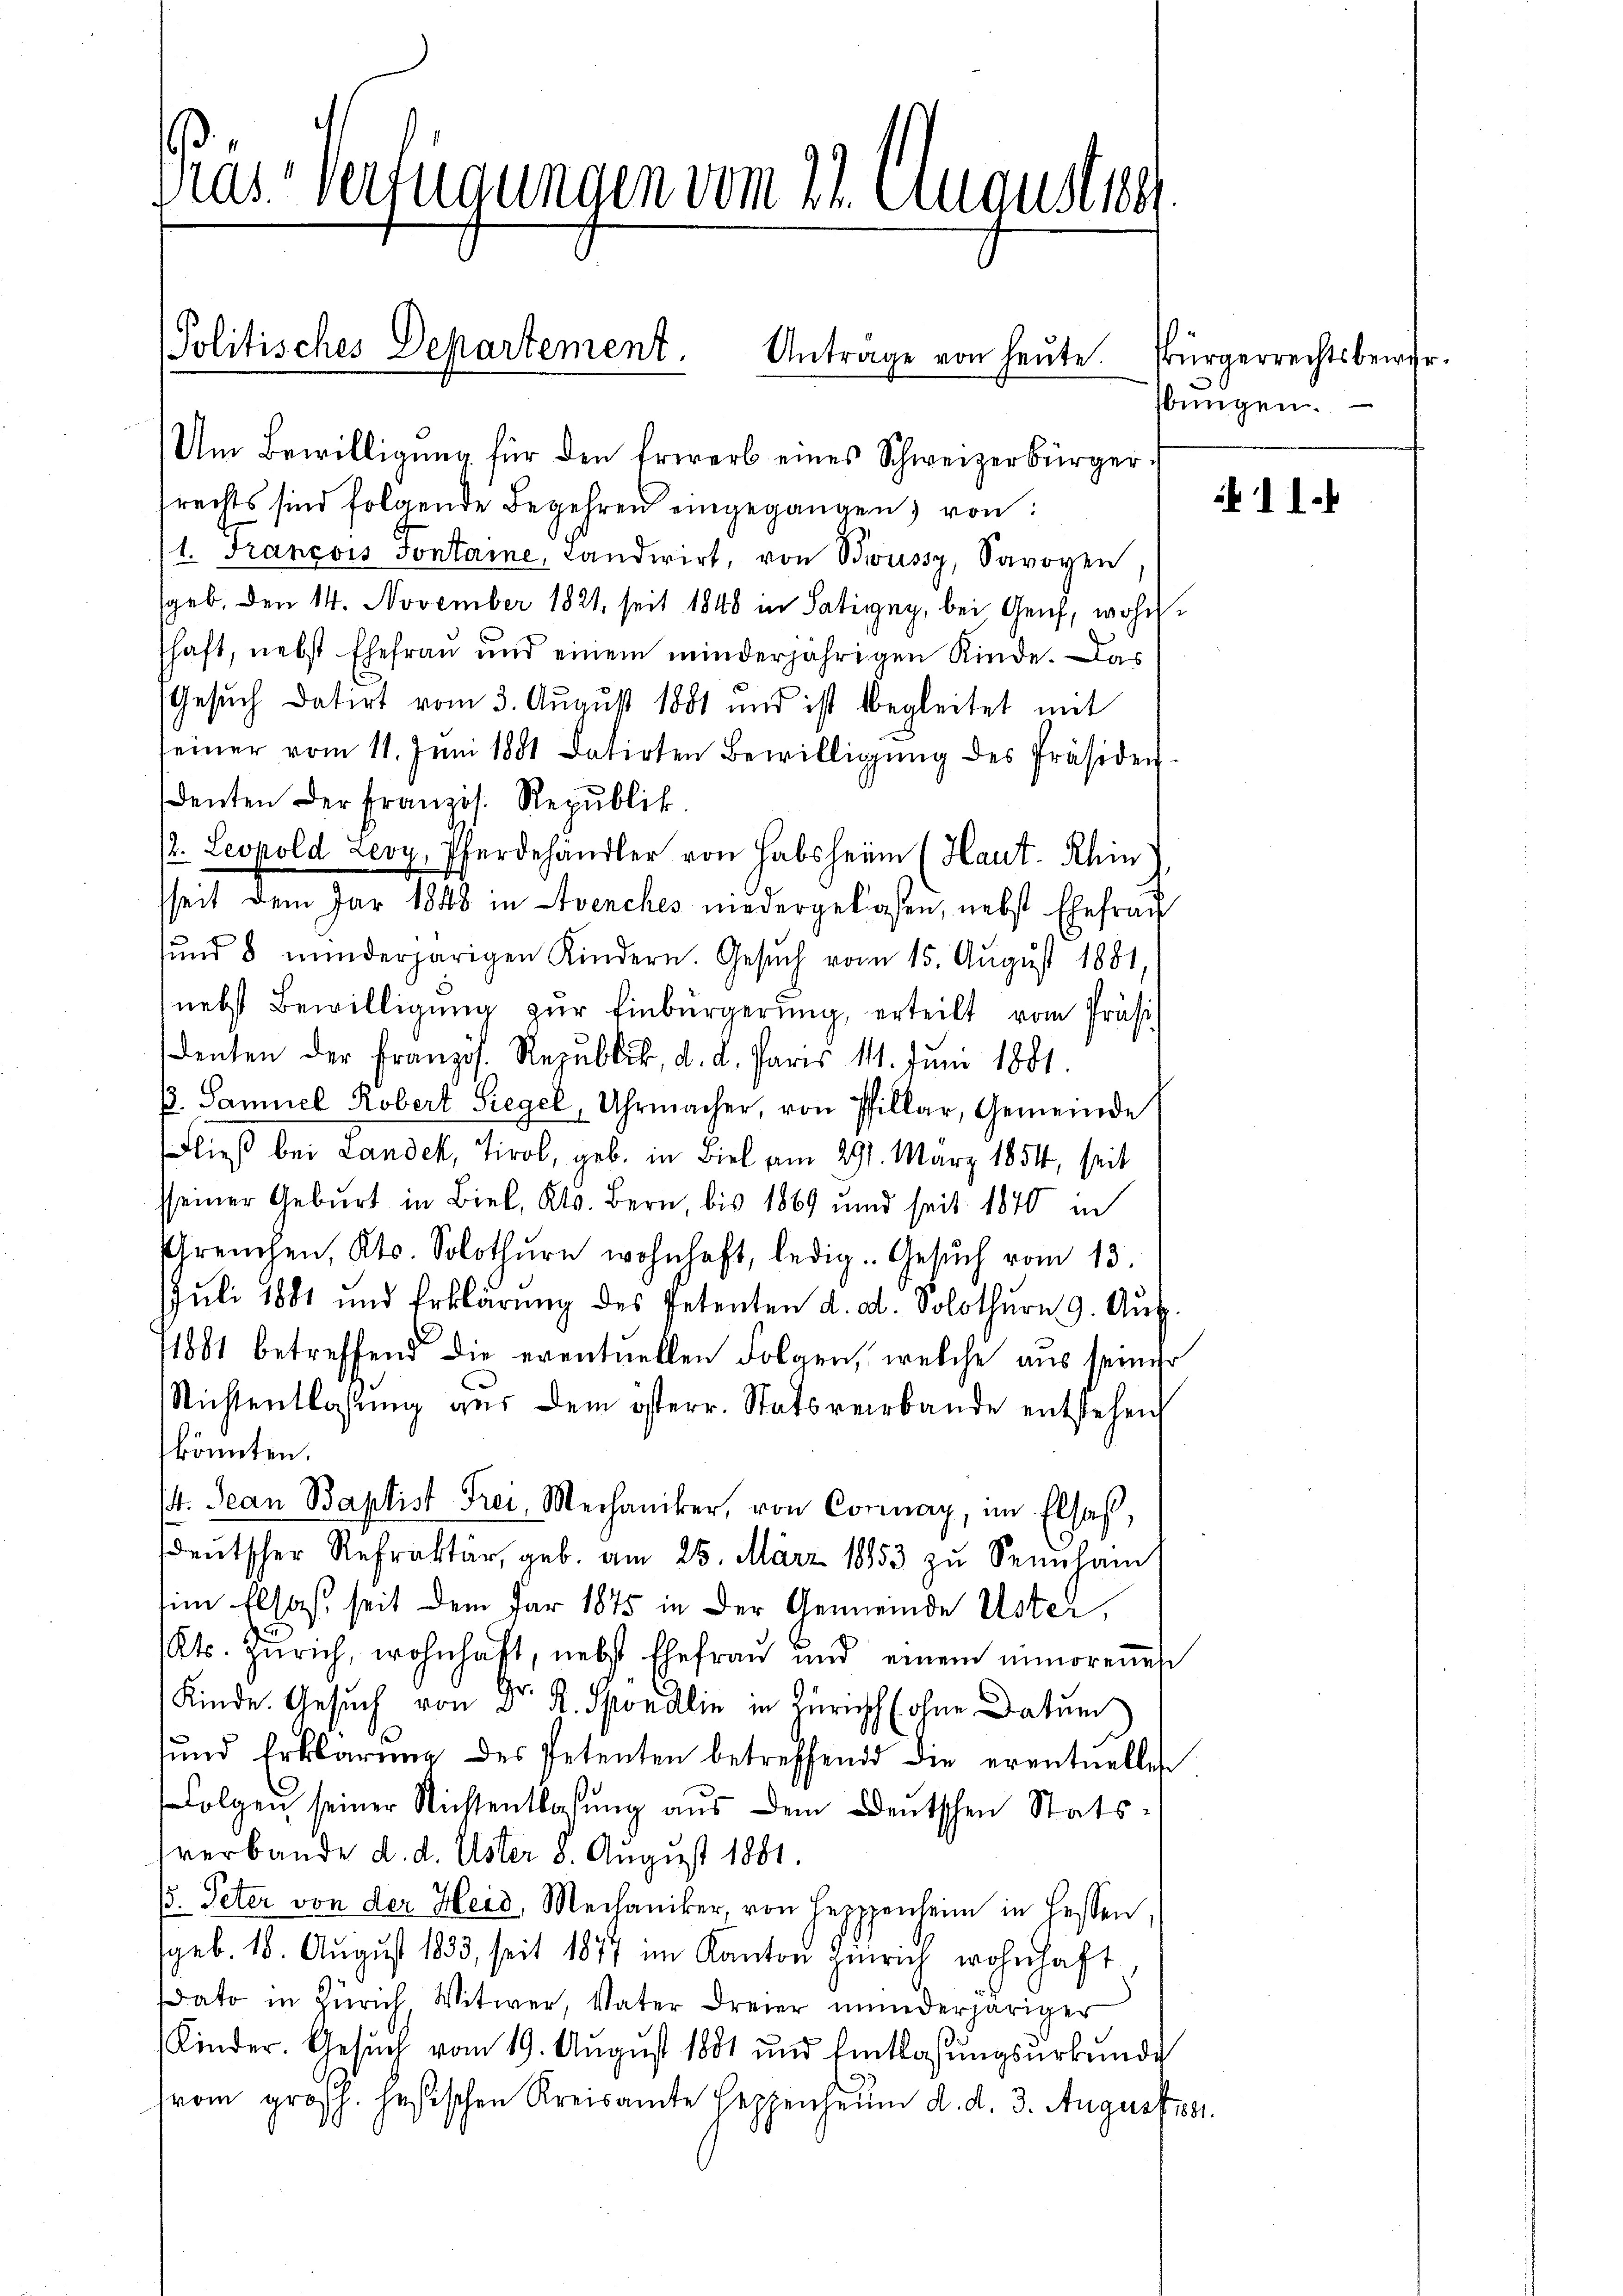
Pas-Verfügungen vom 24. Augustig

Antrage von heute.
Um Bewilligung für den Erwerb eines Schweizerbürger
rechts sind folgende Begehren eingegangen, von
1. Francois Sontaine, Landwirt, von Bewussy, Savoyen,
sgeb. Den 14. November 1821, seit 1848 in Satigny, bei Genf, wohnschaft, nebst Ehefrau und einem minderjährigen Kinde. Das
Gesuch datirt vom 3. August 1881 und ist begleitet mit
seiner vom 11. Juni 1881 datirten Bewilligŭng des Präsidendenten der Französ. Republik
2. Leopold Leoy, Pferdehändler von Habsheim (Haut- Rhin
seit dem Jar 1848 in Avenches niedergelassen, nebst Ehefrau
und 8 minderherigen Kindern. Gesŭch vom 15. Aŭgŭst 1881.
nebst Bewilligŭng zŭr Einbürgerŭng, erteilt vom Präsi
denten der Französ. Republik, d. d. Paris 1. Jŭni 1881.
p. Samuel Robert Siegel, Uhrmacher, von Pfillar, Gemeinde
Fließ bei Landek, Tirol, geb. in Biel am 291. März 1854, seit
sseiner Geburt in Biel, Kts. Bern, bis 1869 und seit 1870 in
reuchen, Kts. Solothŭr wohnhaft, ledig. Gesŭch vom 13.
JJuli 1881 und Erklärŭng des Petenten d. d. Solothŭrn 9. Aŭg.
11801 betreffend die eventuellen Folgen, welche aus seiner
Nichtentlassŭng aŭs dem österr. Statsverbande entstehen
könnten.
14. Jean Baptist Frei, Mechaniker, von Connay, im Elsaß,
deutscher Refraktär, geb. am 25. März 18853 zu Seinsamt
im Elsaß, seit dem Par 1875 in der Gemeinde Uster,
Kt. Zürich, wohnhaft, nebst Ehefraŭ und einem unmoreṅes
Kinde. Gesuch von 2 R. Spöndlin in Zürich (ohne Datum
sund Erklärŭng des Petenten betreffend die eventuellen
Folgen seiner Richtentlasŭng aŭs dem Deutschen Stats-
verbande d. d. Uster 8. August 1881.
(. Peter von der Heid, Mechaniker, von Hepppenheim in Fessen,
geb. 18. August 1833, seit 1877 im Kanton Zürich wohnhaft
dato in Zürich Witwer, Vater dreier minderheriger
Kinder. Gesuch vom 19. August 1881 und Entlassungsurkunde
vom gross. Hesischen Kreisamte seppenheim d. d. 3. August 1881.

Politisches Departement.

sbürgerrechtsbewirbungen.

11.